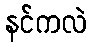
နင်ကလဲ